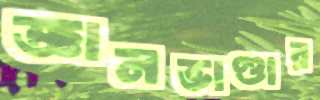
জ্ঞানভাণ্ডার